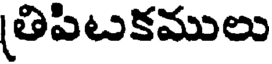
(తిపిటకములు